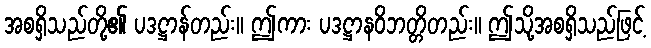
အစရှိသည်တို့၏ ပဒဋ္ဌာန်တည်း။ ဤကား ပဒဋ္ဌာနဝိဘတ္တိတည်း။ ဤသို့အစရှိသည်ဖြင့်